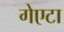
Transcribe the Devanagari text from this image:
गेएटा